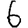
Digit: 6